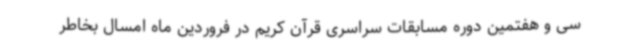
سی و هفتمین دوره مسابقات سراسری قرآن کریم در فروردین ماه امسال بخاطر